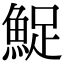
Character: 𬵔